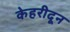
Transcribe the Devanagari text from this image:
केहरीदून